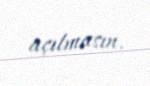
açılmasın.